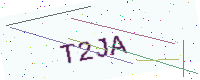
Text: T2JA